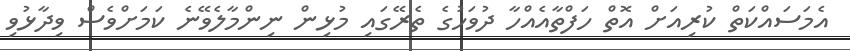
އެމަސައްކަތް ކުރިއަށް އޮތް ހަފްތާއެއްހާ ދުވަހުގެ ތެރޭގައި މުޅިން ނިންމާލެވޭނެ ކަަމަށްވެސް ވިދާޅުވި